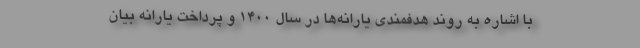
با اشاره به روند هدفمندی یارانه‌ها در سال ۱۴۰۰ و پرداخت یارانه بیان